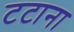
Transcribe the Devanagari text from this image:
टटाना